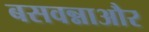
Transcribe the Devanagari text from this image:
बसवन्नाऔर